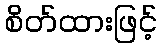
စိတ်ထားဖြင့်